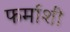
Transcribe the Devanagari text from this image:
फर्माशी